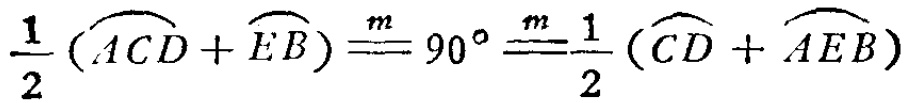
\frac{1}{2}(\overset{\frown}{ACD}+\overset{\frown}{EB})\overset{m}{==}90^{\circ}\overset{m}{==}\frac{1}{2}(\overset{\frown}{CD}+\overset{\frown}{AEB})